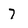
Character: 7